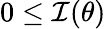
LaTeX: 0\leq{\mathcal{I}}(\theta)